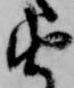
由